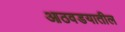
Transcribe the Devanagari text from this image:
आठवडयातील